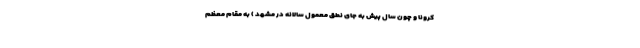
کرونا و چون سال پیش به جای نطق معمول سالانه در مشهد ) به مقام معظم